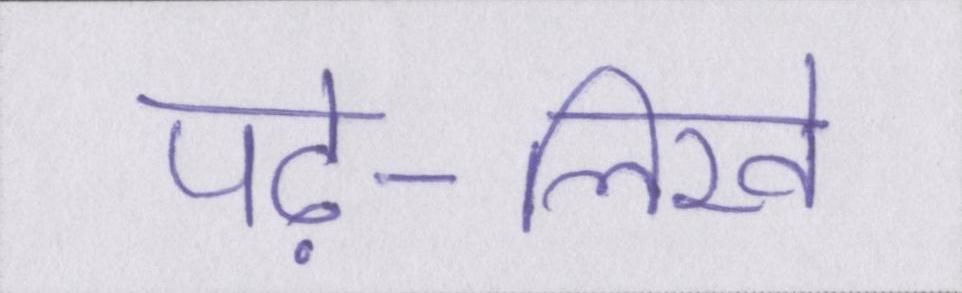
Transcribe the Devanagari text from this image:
पढ़े-लिखे